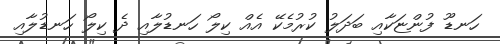
ހަނޑޫ ފުންޏަކާއި ބަދަލު ކުރުމެކޭ އެއް ކިލޯ ހަނޑުލާއި ދެ ކިލޯ ހަނޑުލާއި